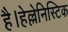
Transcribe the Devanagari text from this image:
है।हेल्लेनिस्टिक